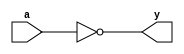
`timescale 1ns / 1ps
module not_gate(a,y);
input a;
output y;
assign y=(~a);
endmodule